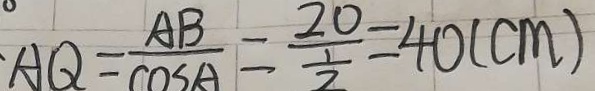
A Q = \frac { A B } { \cos A } = \frac { 2 0 } { \frac { 1 } { 2 } } = 4 0 ( c m )